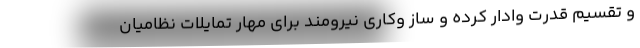
و تقسیم قدرت وادار کرده و ساز وکاری نیرومند برای مهار تمایلات نظامیان